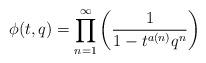
LaTeX: \begin{align*}\phi(t,q) = \prod_{n=1}^{\infty}\left(\frac{1}{1-t^{a(n)}q^n}\right)\end{align*}